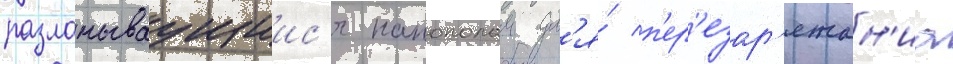
разламываущиис'я напополам дл'я́ п'ер'езар'яжан'иа